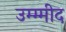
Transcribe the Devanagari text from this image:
उम्म्मीद